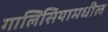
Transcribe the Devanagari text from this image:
गालिसियामधील